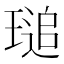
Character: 𤧫